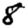
Digit: 8